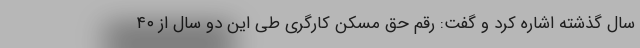
سال گذشته اشاره کرد و گفت: رقم حق مسکن کارگری طی این دو سال از ۴۰